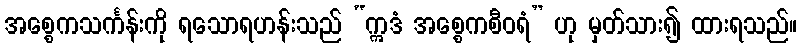
အစ္စေကသင်္ကန်းကို ရသောရဟန်းသည် “ဣဒံ အစ္စေကစီဝရံ” ဟု မှတ်သား၍ ထားရသည်။